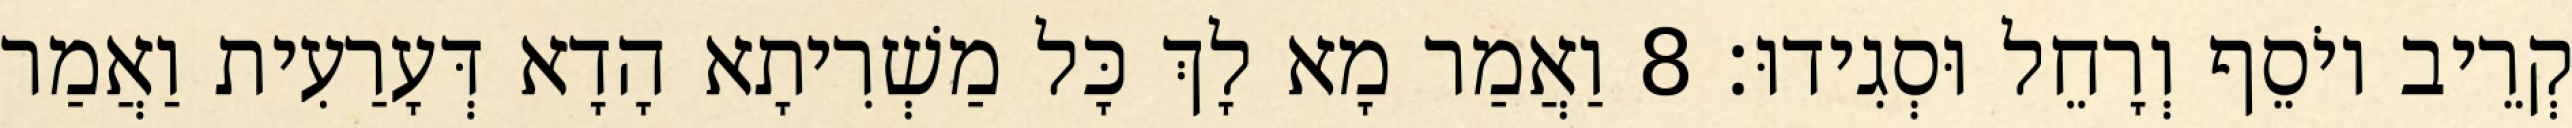
קְרֵיב יוֹסֵף וְרָחֵל וּסְגִידוּ׃ 8 וַאֲמַר מָא לָךְ כָּל מַשְׁרִיתָא הָדָא דְּעָרַעִית וַאֲמַר